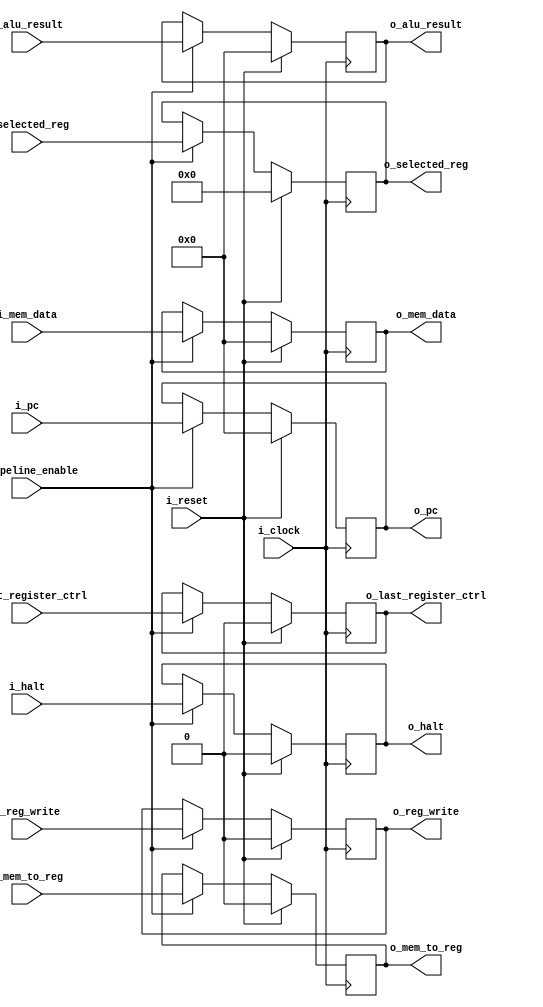
`timescale 1ns / 1ps
//////////////////////////////////////////////////////////////////////////////////
// Company: 
// Engineer: 
// 
// Create Date: 
// Design Name: 
// Module Name: MEM_WB
// Project Name: 
// Target Devices: 
// Tool Versions: 
// Description: 
// 
// Dependencies: 
// 
// Revision:
// Revision 0.01 - File Created
// Additional Comments:
// 
//////////////////////////////////////////////////////////////////////////////////


module MEM_WB#(
        parameter WIDTH_DATA = 32,
        parameter WIDTH_REG  = 5,
        parameter WIDTH_PC   = 32
    )
    (
        input i_clock,
        input i_reset,
        input i_pipeline_enable,                      //  DEBUG UNIT

        input i_reg_write,                            // Si se necesita escribir en un registro
        input i_mem_to_reg,                           // Si es de Memoria a Registro
        input [WIDTH_DATA-1:0] i_mem_data,            // Valor que viene de la Memoria
        input [WIDTH_DATA-1:0] i_alu_result,          // Resultado de la ALU
        input [WIDTH_REG-1:0] i_selected_reg,         // Valor de la addr del registro donde escribir
        input i_last_register_ctrl,                   // Si es necesario el ULTIMO REG
        input [WIDTH_PC-1:0] i_pc,                    // Valor de o_pc
        input i_halt,                                 // o_halt

        output reg o_reg_write,
        output reg o_mem_to_reg,           
        output reg [WIDTH_DATA-1:0] o_mem_data,             
        output reg [WIDTH_DATA-1:0] o_alu_result,           
        output reg [WIDTH_REG-1:0] o_selected_reg,
        output reg o_last_register_ctrl,
        output reg [WIDTH_PC-1:0] o_pc,
        output reg o_halt
    );
    
    always@(negedge i_clock) begin
        if(i_reset) begin                                                 // Si hay reset, todo a 0
            o_reg_write               <= 1'b0;
            o_mem_to_reg              <= 1'b0;
            o_mem_data                <= 32'b0;
            o_alu_result              <= 32'b0;
            o_selected_reg            <= 5'b0;
            o_last_register_ctrl      <= 1'b0;
            o_pc                      <= 32'b0;
            o_halt                    <= 1'b0;
        end
        else begin
            if(i_pipeline_enable) begin                                   // Todo normal
                o_reg_write           <= i_reg_write;
                o_mem_to_reg          <= i_mem_to_reg;
                o_mem_data            <= i_mem_data;
                o_alu_result          <= i_alu_result;
                o_selected_reg        <= i_selected_reg;
                o_last_register_ctrl  <= i_last_register_ctrl;
                o_pc                  <= i_pc;
                o_halt                <= i_halt;
            end
            else begin                                                   // Debug unit
            o_reg_write               <= o_reg_write;
            o_mem_to_reg              <= o_mem_to_reg;
            o_mem_data                <= o_mem_data;
            o_alu_result              <= o_alu_result;
            o_selected_reg            <= o_selected_reg;
            o_last_register_ctrl      <= o_last_register_ctrl;
            o_pc                      <= o_pc;
            o_halt                    <= o_halt;
        end
        end
    end
endmodule